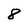
Character: 8